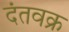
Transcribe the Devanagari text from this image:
दंतवक्र